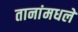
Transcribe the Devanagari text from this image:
तानांमधले